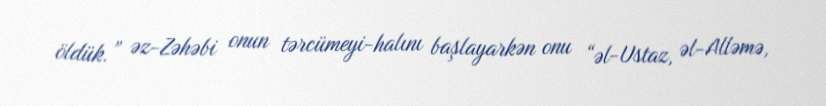
öldük.” əz-Zəhəbi onun tərcümeyi-halını başlayarkən onu “əl-Ustaz, əl-Alləmə,